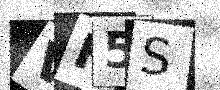
Text: VF5S